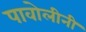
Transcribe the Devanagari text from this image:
पावोलीनी